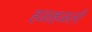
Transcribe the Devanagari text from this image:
हळहळली